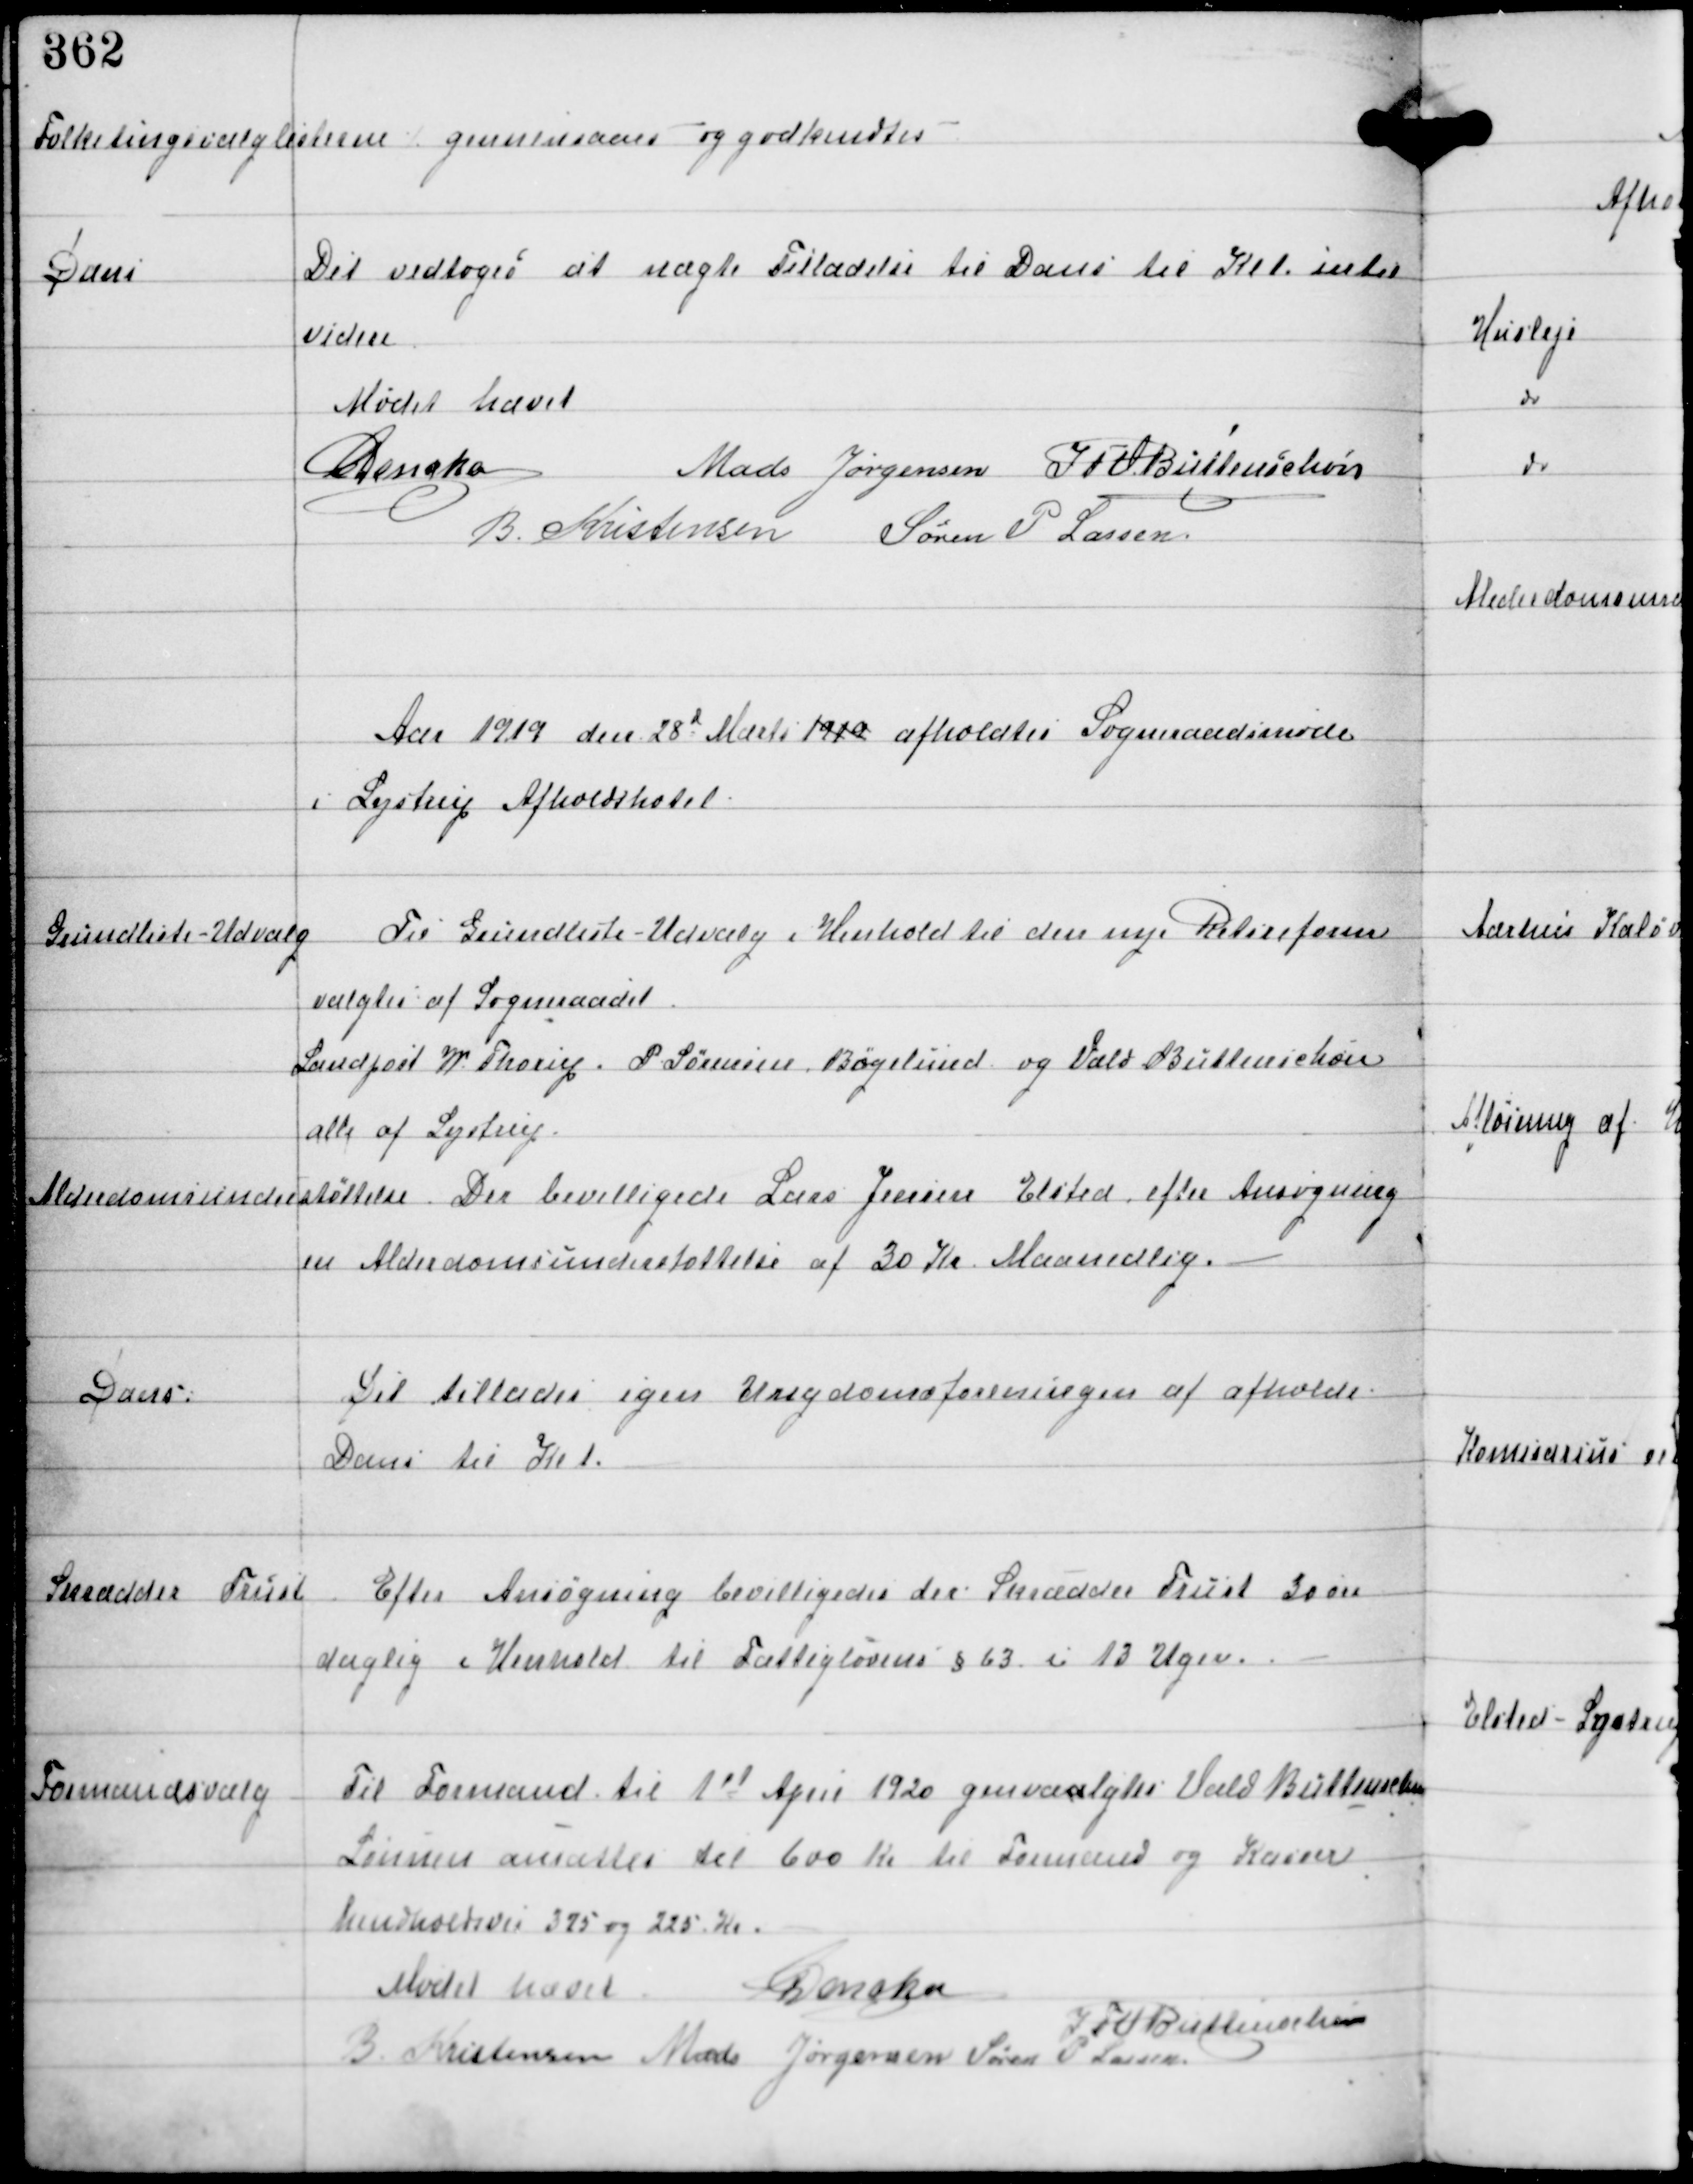
Transskription:
Folketingsvalglisterne gennemsaaes og godkendtes. -

Dans

Der vedtoges at nægte Tilladelse til Dans til Kl 1 intil
videre

Mødet hævet
C Dencker
Mads Jørgensen IFV Buttenschøn
B. Kristensen Søren P Lassen

Aar 1919 den 28de Marts 1919 afholdtes Sogneraadsmøde
i Lystrup Afholdshotel

Grundliste-Udvalg

Til Grundliste-Udvalg i Henhold til den nye Retsreform
valgtes af Sogneraadet
Landpost W Thorup P Sørensen Bøgelund og Vald Buttenschøn
alle af Lystrup.

Alderdomsunderstøttelse

Der bevilligedes Lars Jensen Elsted efter Ansøgning
en Alderdomsunderstøttelse af 30 Kr Maanedlig.

Dans.

Det tillades igen Ungdomsforeningen at afholde
Dans til Kl 1.

Skrædder Trust

Efter Ansøgning bevilligedes der Skrædder Trust 30 øre
daglig i Henhold til Fattiglovens §63 i 13 Uger.

Formandsvalg

Til Formand til 1st April 1920 genvalgtes Vald Buttenschøn
Lønnen ansættes til 600 Kr til Formand og Kasserer
henholdsvis 325 og 225 Kr

Mødet hævet
C Dencker
IFV Buttenschøn
B Kristensen Mads Jørgensen Søren P Lassen